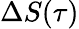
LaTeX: \Delta S(\tau)